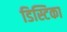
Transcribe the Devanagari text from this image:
डिस्टिका